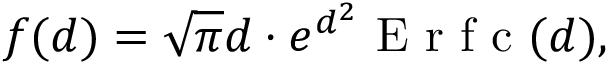
f ( d ) = \sqrt { \pi } d \cdot e ^ { d ^ { 2 } } \mathrm { ~ E ~ r ~ f ~ c ~ } ( d ) ,